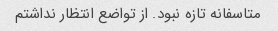
متاسفانه تازه نبود. از تواضع انتظار نداشتم